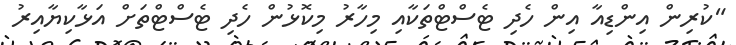
"ކުރިން އިންޑިއާ އިން ހެދި ޓެސްޓްތަކާއި މިހާރު މިކޮޅުން ހެދި ޓެސްޓްތަށް އަޅާކިޔާއިރު